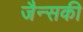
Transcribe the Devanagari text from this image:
जैन्सकी